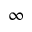
\infty